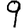
Digit: 9